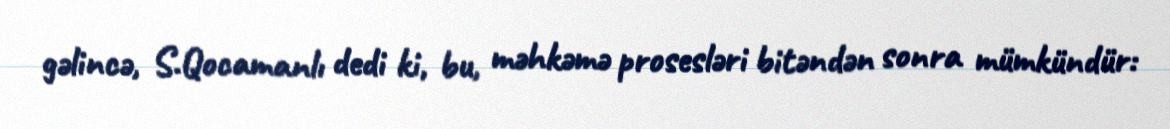
gəlincə, S.Qocamanlı dedi ki, bu, məhkəmə prosesləri bitəndən sonra mümkündür: